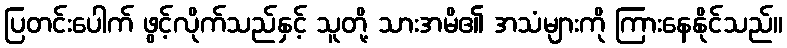
ပြတင်းပေါက် ဖွင့်လိုက်သည်နှင့် သူတို့ သားအမိ၏ အသံများကို ကြားနေနိုင်သည်။